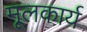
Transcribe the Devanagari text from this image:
मूलकार्य